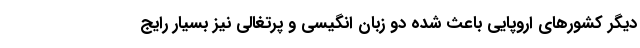
دیگر کشورهای اروپایی باعث شده دو زبان انگیسی و پرتغالی نیز بسیار رایج